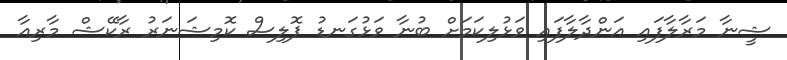
ޝީނާ މަރާލާފައި އަންދާލާފައި ވަޅުލިކަމަށް ބުނާ ވަޅުގަނޑު ޕޮލިސް ކޮމިޝަނަރު ރާކޭޝް މާރިއާ